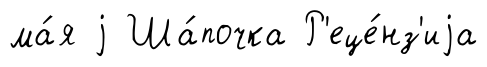
ма́я j Ша́почка Р'еце́нз'иjа